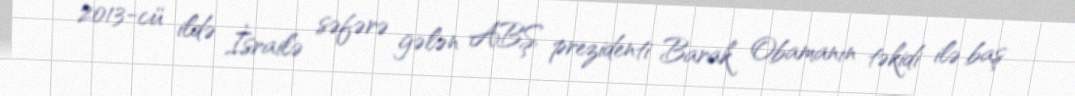
2013-cü ildə İsrailə səfərə gələn ABŞ prezidenti Barak Obamanın təkidi ilə baş